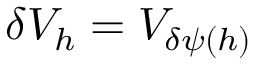
\delta V _ { h } = V _ { \delta \psi ( h ) }